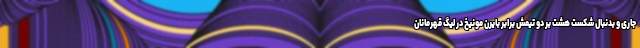
جاری و بدنبال شکست هشت بر دو تیمش برابر بایرن مونیخ در لیگ قهرمانان